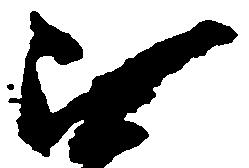
無